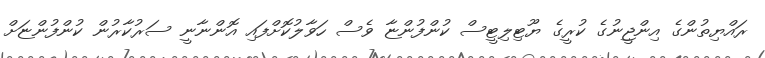
ރައްޔިތުންގެ އިންޖީނުގެ ކުރީގެ ޔޫޓިލިޓީސް ކުންފުންޏާ ވެސް ހަވާލުކޮށްފައި އޮންނާނީ ސަރުކާރުން ކުންފުންޏަށް